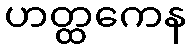
ဟတ္ထကေန